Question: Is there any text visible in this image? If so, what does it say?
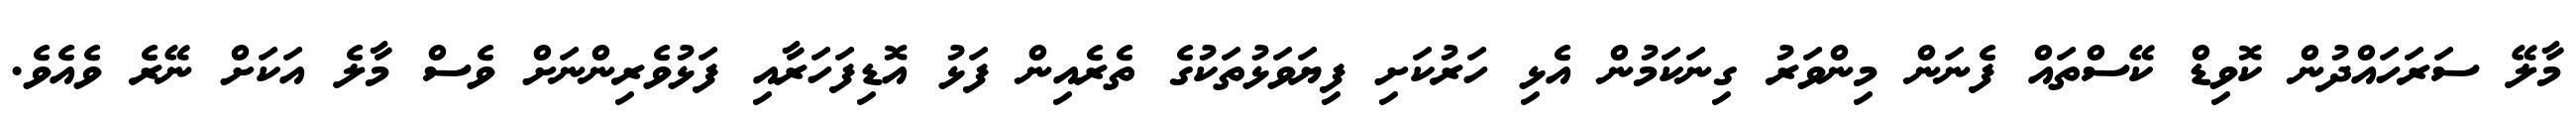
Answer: މާލޭ ސަރަހައްދުން ކޮވިޑް ކޭސްތައް ފެނަން މިންވަރު ގިނަކަމުން އެޅި ހަރުކަށި ފިޔަވަޅުތަކުގެ ތެރެއިން ފަޅު އޮޑިފަހަރާއި ފަޅުވެރިންނަށް ވެސް މާލެ އަކަށް ނޭރެ ވެއެވެ.